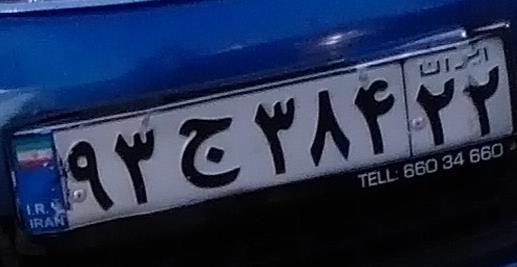
۹۳ج۳۸۴۲۲